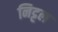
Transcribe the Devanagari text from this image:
निट्टल